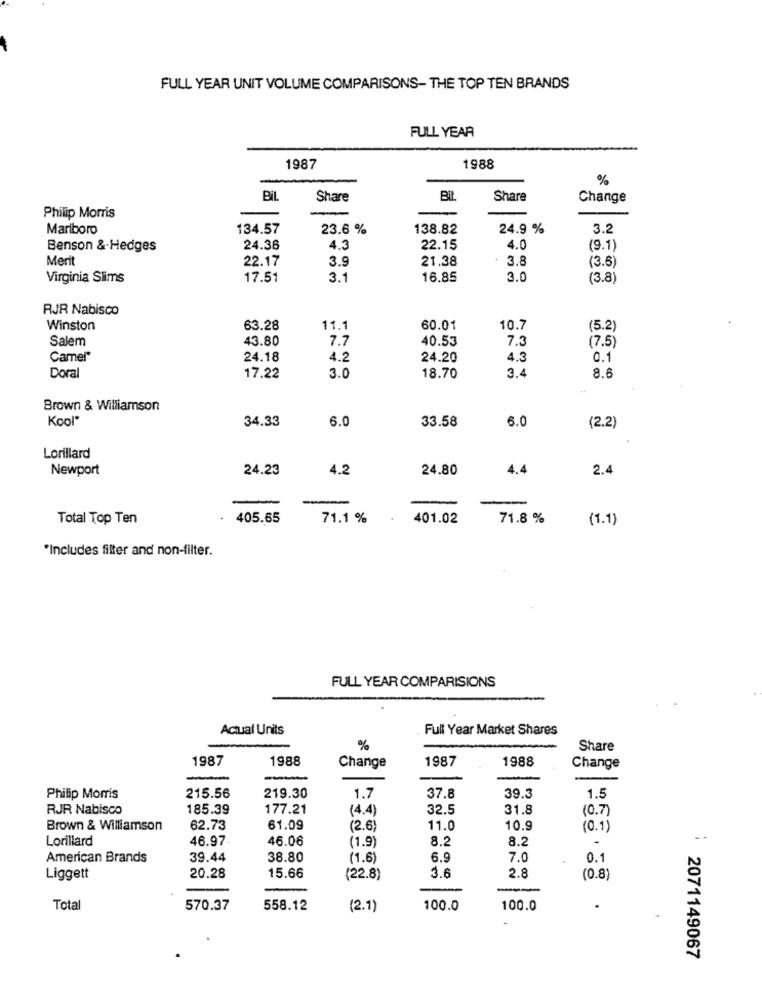
FULL YEAR UNIT VOLUME COMPARISONS- THE TOP TEN BRANDS
FULL YEAR
1987
1988
%
BIL
Share
Bil
Share
Change
Philip Morris
Mariboro
134.57
23.6 %
138.82
24.9 %
3.2
Benson & Hedges
24.36
4.3
22.15
4.0
(9.1)
Merit
22.17
3.9
21.38
3.8
(3.6)
Virginia Sims
17.5
3.1
16.85
3.0
(3.8)
RJR Nabisco
Winston
63.28
11.1
60.01
10.7
(5.2)
Salem
43.80
7.7
40.53
7.3
(7.5)
Camel"
24.18
4.2
24.20
4.3
0.1
3.4
8.6
Doral
17.22
3.0
18.70
Brown & Williamson
Kool
34.33
6.0
33.58
6.0
(2.2)
Lorillard
Newport
24.23
4.2
24.80
4.4
2.4
-
-
Total Top Ten
405.65
71.1 %
401.02
71.8 %
(1.1)
"Includes filter and non-filter.
FULL YEAR COMPARISIONS
-
Actual Units
Full Year Market Shares
%
Share
1987
1988
1987
1988
Change
Change
1.5
Philip Morris
215.56
219.30
1.7
37.8
39.3
RJR Nabisco
185.39
177.21
(4.4)
32.5
31.8
(0.7)
Brown & Williamson
62.73
61.09
(2.6)
11.0
10.9
(0.1)
Lorillard
46.97
46.06
1.9)
8.2
8.2
American Brands
39.44
38.80
(1.6)
6.9
7.0
0.1
3.6
Liggett
20.28
15.66
(22.8)
2.8
(0.8
Total
570.37
558.12
(2.1)
100.0
100.0
2071149067